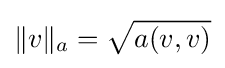
\|v\|_{a}={\sqrt {a(v,v)}}